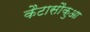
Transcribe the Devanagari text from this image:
कैटासौकुआ